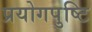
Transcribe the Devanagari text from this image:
प्रयोगपुष्टि